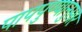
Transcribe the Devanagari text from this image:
पापपुण्यानुसार